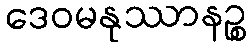
ဒေဝမနုဿာနဉ္စ